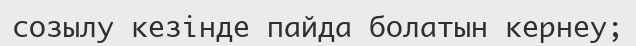
созылу кезінде пайда болатын кернеу;